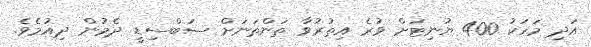
އަދި މަހަކު 400 ޔުނިޓަށް ވުރެ އިތުރުވާ ތަންތަނަށް ސަބްސިޑީ ދެމުން ދިއުމެވެ.